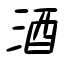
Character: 酒